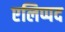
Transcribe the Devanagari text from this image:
एलिप्पद